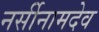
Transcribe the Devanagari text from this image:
नर्सीनामदेव